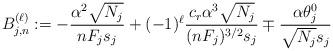
LaTeX: \begin{align*}B_{j,n}^{(\ell)}:=-\frac{\alpha^2 \sqrt{N_j}} {nF_j s_j} + (-1)^\ell \frac{c_r\alpha^3 \sqrt{N_j}}{(nF_j)^{3/2}s_j} \mp \frac{\alpha\theta_j^0}{\sqrt{N_j}s_j}\end{align*}